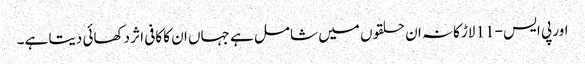
اور پی ایس -11 لاڑکانہ ان حلقوں میں شامل ہے جہاں ان کا کافی اثر دکھائی دیتا ہے۔